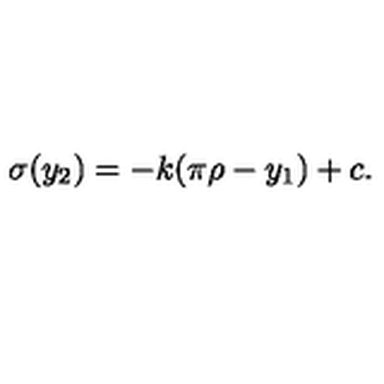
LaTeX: \sigma ( y _ { 2 } ) = - k ( \pi \rho - y _ { 1 } ) + c . \,